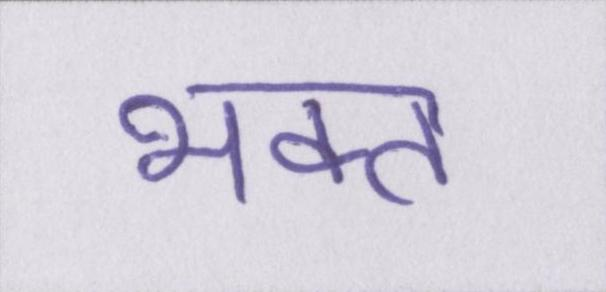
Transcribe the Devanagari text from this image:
भक्त